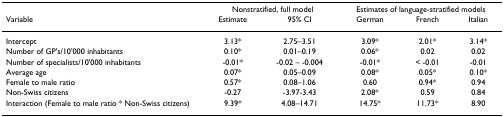
<table><thead><tr><td></td><td colspan="2"><b>Nonstratified, full model</b></td><td colspan="3"><b>Estimates of language-stratified models</b></td></tr><tr><td><b>Variable</b></td><td><b>Estimate</b></td><td><b>95% CI</b></td><td><b>German</b></td><td><b>French</b></td><td><b>Italian</b></td></tr></thead><tbody><tr><td>Intercept</td><td>3.13*</td><td>2.75–3.51</td><td>3.09*</td><td>2.01*</td><td>3.14*</td></tr><tr><td>Number of GP&#x27;s/10&#x27;000 inhabitants</td><td>0.10*</td><td>0.01–0.19</td><td>0.06*</td><td>0.02</td><td>0.02</td></tr><tr><td>Number of specialists/10&#x27;000 inhabitants</td><td>-0.01*</td><td>-0.02 – -0.004</td><td>-0.01*</td><td>&lt; -0.01</td><td>-0.01</td></tr><tr><td>Average age</td><td>0.07*</td><td>0.05–0.09</td><td>0.08*</td><td>0.05*</td><td>0.10*</td></tr><tr><td>Female to male ratio</td><td>0.57*</td><td>0.08–1.06</td><td>0.60</td><td>0.94*</td><td>0.94</td></tr><tr><td>Non-Swiss citizens</td><td>-0.27</td><td>-3.97-3.43</td><td>2.08*</td><td>0.59</td><td>0.84</td></tr><tr><td>Interaction (Female to male ratio * Non-Swiss citizens)</td><td>9.39*</td><td>4.08–14.71</td><td>14.75*</td><td>11.73*</td><td>8.90</td></tr></tbody></table>